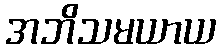
အဘိသမယာယ